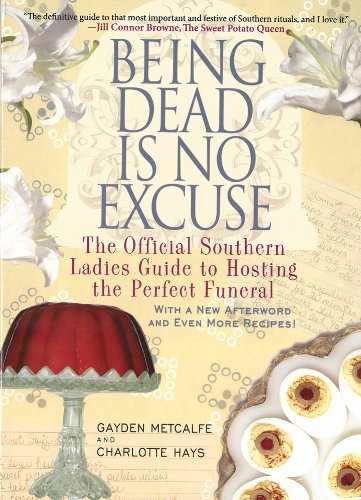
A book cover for Being Dead Is No Excuse: The Official Southern Ladies Guide to Hosting the Perfect Funeral; Gayden Metcalfe; Humor & Entertainment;